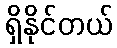
ရှိနိုင်တယ်